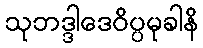
သုဘဒ္ဒါဒေဝိပ္ပမုခါနိ